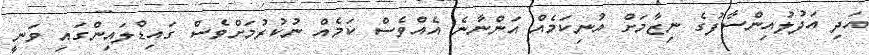
އަދި އަދުލުއިންސާފުގެ ނިޒާމަށް އުނިކަމެއް އަންނާނެ އެއްވެސް ކަމެއް ނުކުރުމަށްވެސް ގައިޑްލައިންގައި ވަނީ